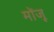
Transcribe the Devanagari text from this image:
मोंजू